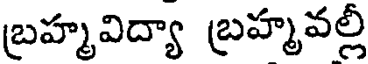
బ్రహ్మవిద్యా బ్రహ్మవల్లీ